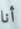
أنا